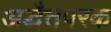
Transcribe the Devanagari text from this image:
अद्धैतपरक